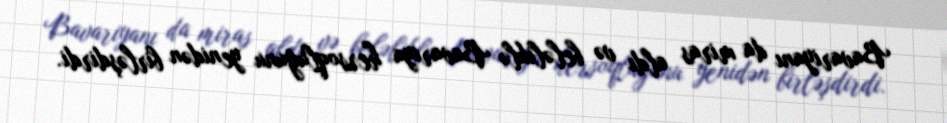
Bavariyanı da miras aldı və beləliklə Bavariya hersoqluğunu yenidən birləşdirdi.